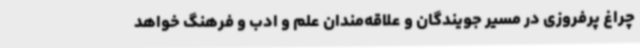
چراغ پرفروزی در مسیر جویندگان و علاقه‌مندان علم و ادب و فرهنگ خواهد